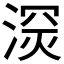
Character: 𱧑